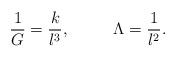
LaTeX: \begin{align*}{1\over G} = {k \over l^3}, \ \ \ \ \ \ \ \ \Lambda = {1 \over l^2}.\end{align*}